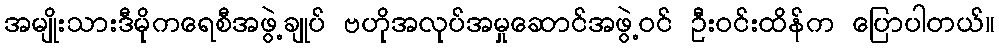
အမျိုးသားဒီမိုကရေစီအဖွဲ့ချုပ် ဗဟိုအလုပ်အမှုဆောင်အဖွဲ့ဝင် ဦးဝင်းထိန်က ပြောပါတယ်။